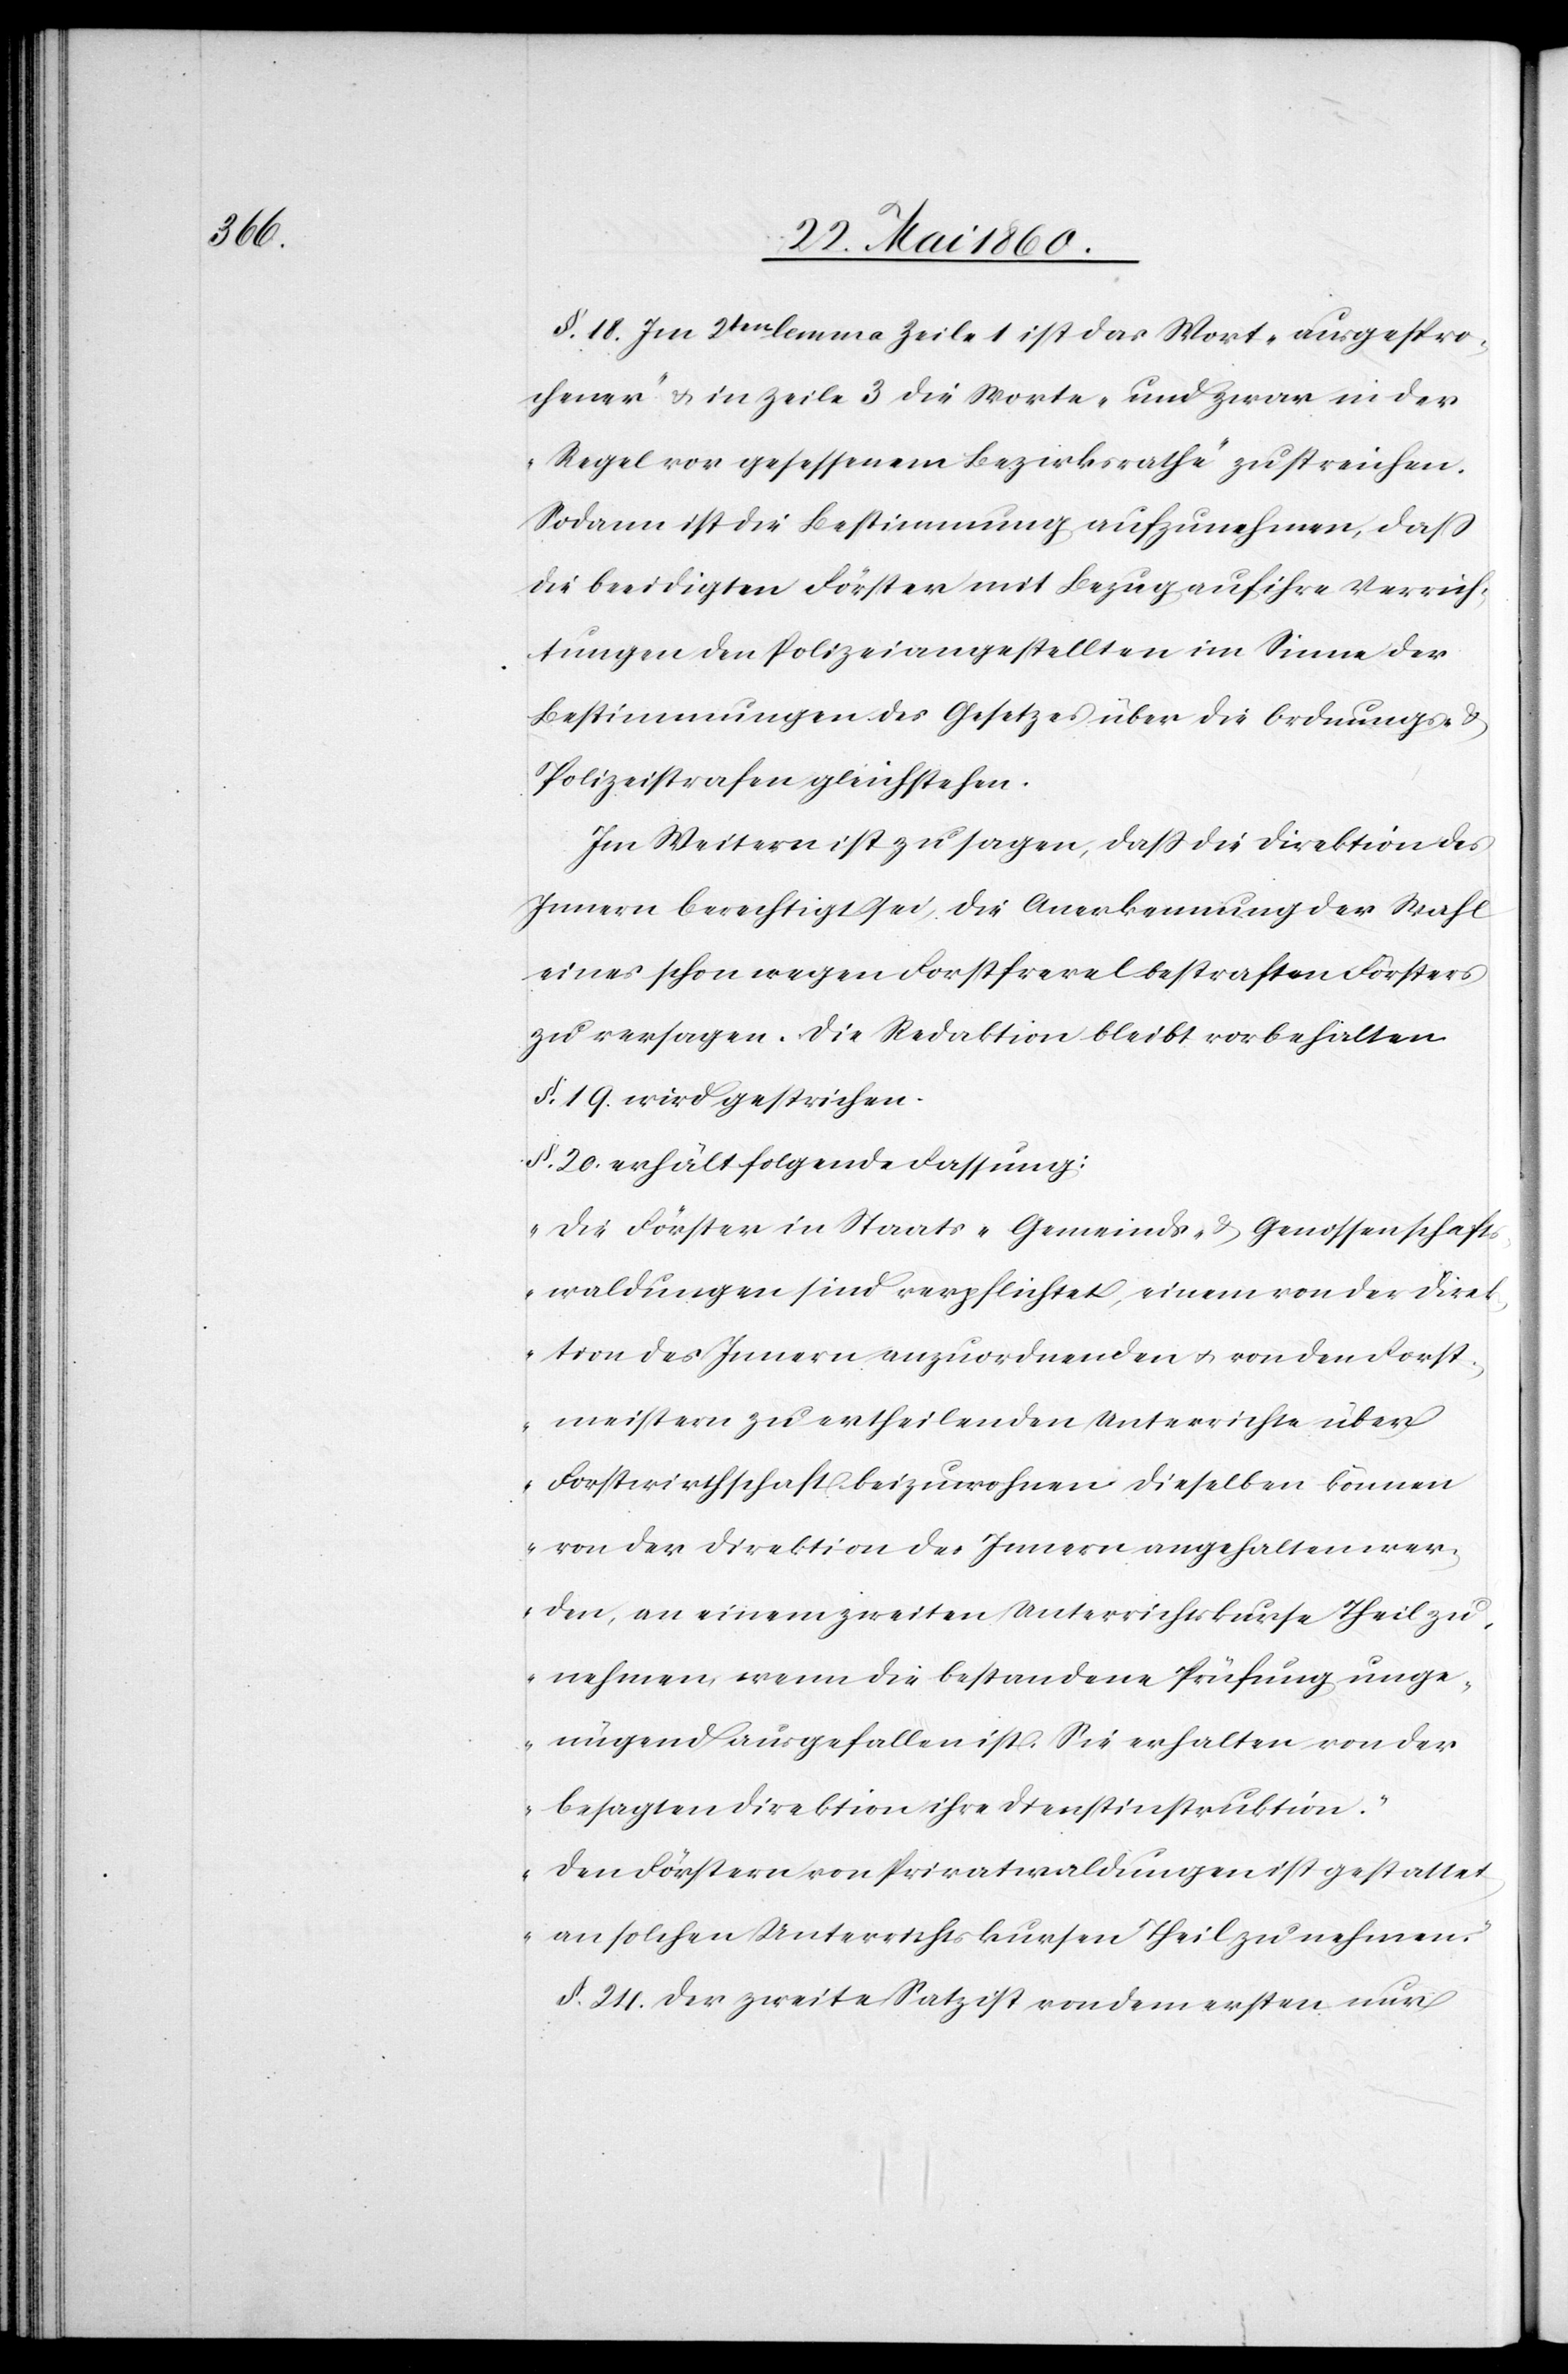
§. 18. Im 2ten lemma Zeile 1 ist das Wort „ausgespro¬
chener“ u. in Zeile 3 die Worte „und zwar in der
Regel vor gesessenem Bezirksrathe“ zu streichen.
Sodann ist die Bestimmung aufzunehmen, dass
die beeidigten Förster mit Bezug auf ihre Verrich¬
tungen den Polizeiangestellten im Sinne der
Bestimmungen des Gesetzes über die Ordnungs- u.
Polizeistrafen gleichstehen.
Im Weitern ist zu sagen, dass die Direktion des
Innern berechtigt sei, die Anerkennung der Wahl
eines schon wegen Forstfrevel bestraften Försters
zu versagen. Die Redaktion bleibt vorbehalten.
§. 19. wird gestrichen,
§. 20. erhält folgende Fassung:
„Die Förster in Staats-[,] Gemeinds- u. Genossenschaft¬
swaldungen sind verpflichtet, einem von der Direk¬
tion des Innern anzuordnenden u. von den Forst¬
meistern zu ertheilenden Unterrichte über
Forstwirthschaft beizuwohnen. Dieselben können
von der Direktion des Innern angehalten wer¬
den, an einem zweiten Unterrichtskurse Theil zu
nehmen, wenn die bestandene Prüfung unge¬
nügend ausgefallen ist. Sie erhalten von der
besagten Direktion ihre Dienstinstruktion.
Den Förstern von Privatwaltungen ist gestattet
an solchen Unterrichtskursen Theil zu nehmen.“
§. 24. Der zweite Satz ist von dem ersten nur